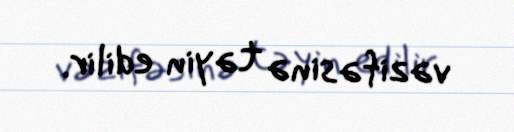
vəzifəsinə təyin edilir.